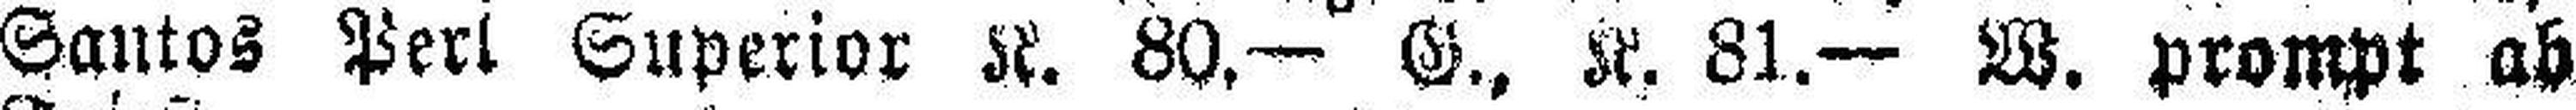
Santos Perl Superior K. 80.— G., K. 81.— W. prompt ab